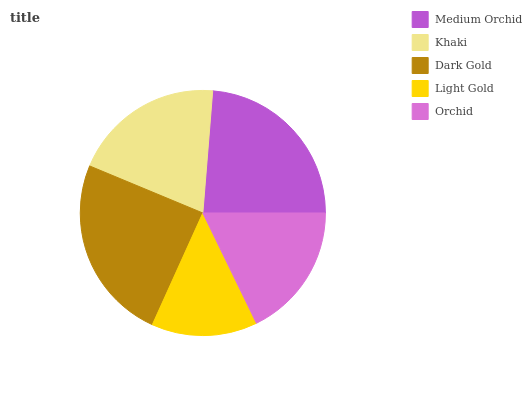
| Medium Orchid | Khaki | Dark Gold | Light Gold | Orchid |
 | --- | --- | --- | --- | --- |
 | 23.7% | 20% | 24.5% | 13.9% | 17.8% |